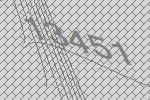
13451